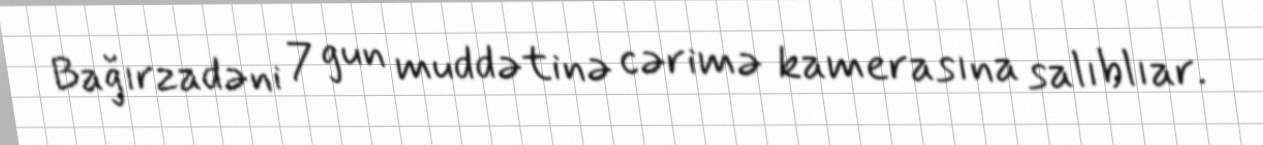
Bağırzadəni 7 gun muddətinə cərimə kamerasına salıblıar.